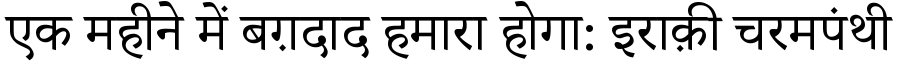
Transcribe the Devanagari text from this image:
एक महीने में बग़दाद हमारा होगा: इराक़ी चरमपंथी